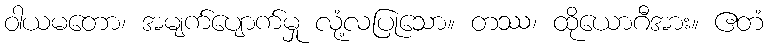
ဝါယမတော၊ အမျက်ပျောက်မှု လုံ့လပြုသော။ တဿ၊ ထိုယောဂီအား။ ဧတံ